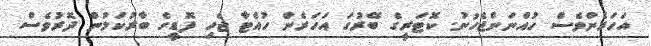
އަހަރެންވެސް ހުއްނަންޖެހުނު. ކޮޓަރީގެ ބޭރުގަ އަހަރެން ހުއްޓާ ޖެހި ފޮޑީގެ ބާރުކަމުން ދޮރުވެސް